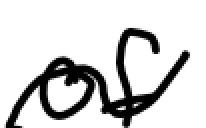
Text: of
Cross-out: wave
Writing tool: digital_black